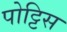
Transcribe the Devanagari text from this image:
पोट्टिस